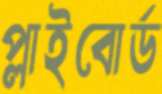
প্লাইবোর্ড